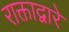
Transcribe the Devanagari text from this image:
राक्ताद्वारे